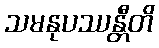
သမနုပဿန္တီတိ